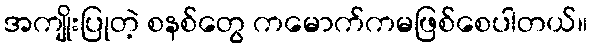
အကျိုးပြုတဲ့ စနစ်တွေ ကမောက်ကမဖြစ်စေပါတယ်။